Plague in India, 1896, 1897 - Volume 3
Year: 1896
Disease focus: Plague
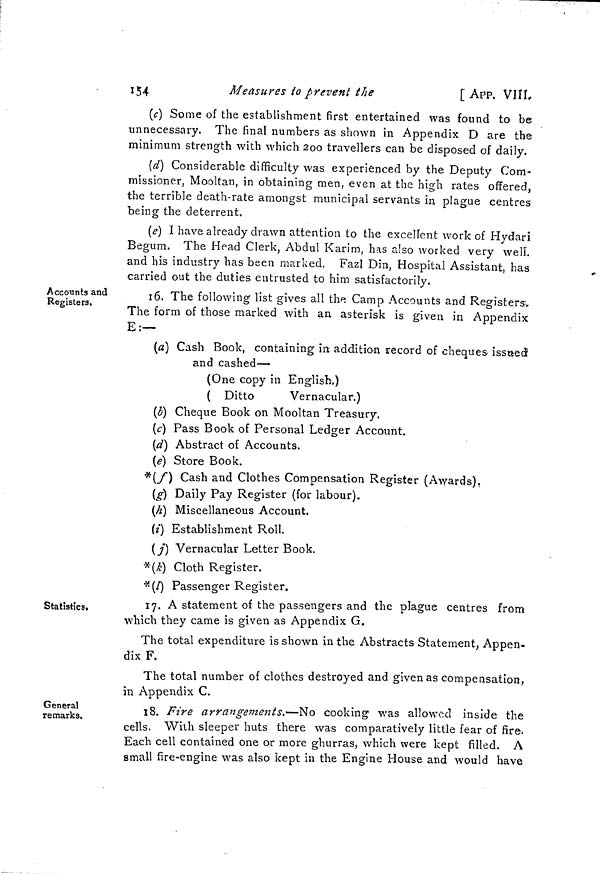
154
Measures to prevent the
[ APP. VIII
(c) Some of the establishment first entertained was found to be
unnecessary. The final numbers as shown in Appendix D are the
minimum strength with which 200 travellers can be disposed of daily.
(d) Considerable difficulty was experienced by the Deputy Com-
missioner, Mooltan, in obtaining men, even at the high rates offered,
the terrible death-rate amongst municipal servants in plague centres
being the deterrent.
(e) I have already drawn attention to the excellent work of Hydari
Begum. The Head Clerk, Abdul Karim, has also worked very well,
and his industry has been marked. Fazl Din, Hospital Assistant, has
carried out the duties entrusted to him satisfactorily.
Accounts and
Registers.
16. The following list gives all the Camp Accounts and Registers-,
The form of those marked with an asterisk is given in Appendix
E:—
(a) Cash Book, containing m addition record of cheques issued
and cashed—
(One copy in English,)
( Ditto
Vernacular.)
(b) Cheque Book on Mooltan Treasury.
(c) Pass Book of Personal Ledger Account.
(d) Abstract of Accounts.
(e) Store Book.
*(f) Cash and Clothes Compensation Register (Awards),
(g) Daily Pay Register (for labour).
(h) Miscellaneous Account.
(i) Establishment Roll.
(j) Vernacular Letter Book.
*(k) Cloth Register.
*(l) Passenger Register.
Statistics.
17. A statement of the passengers and the plague centres from
which they came is given as Appendix G.
The total expenditure is shown in the Abstracts Statement, Appen-
dix F.
The total number of clothes destroyed and given as compensation,
in Appendix C.
General
remarks.
18. Fire arrangements.—No cooking was allowed inside the
cells. With sleeper huts there was comparatively little fear of fire.
Each cell contained one or more ghurras, which were kept filled. A
small fire-engine was also kept in the Engine House and would have